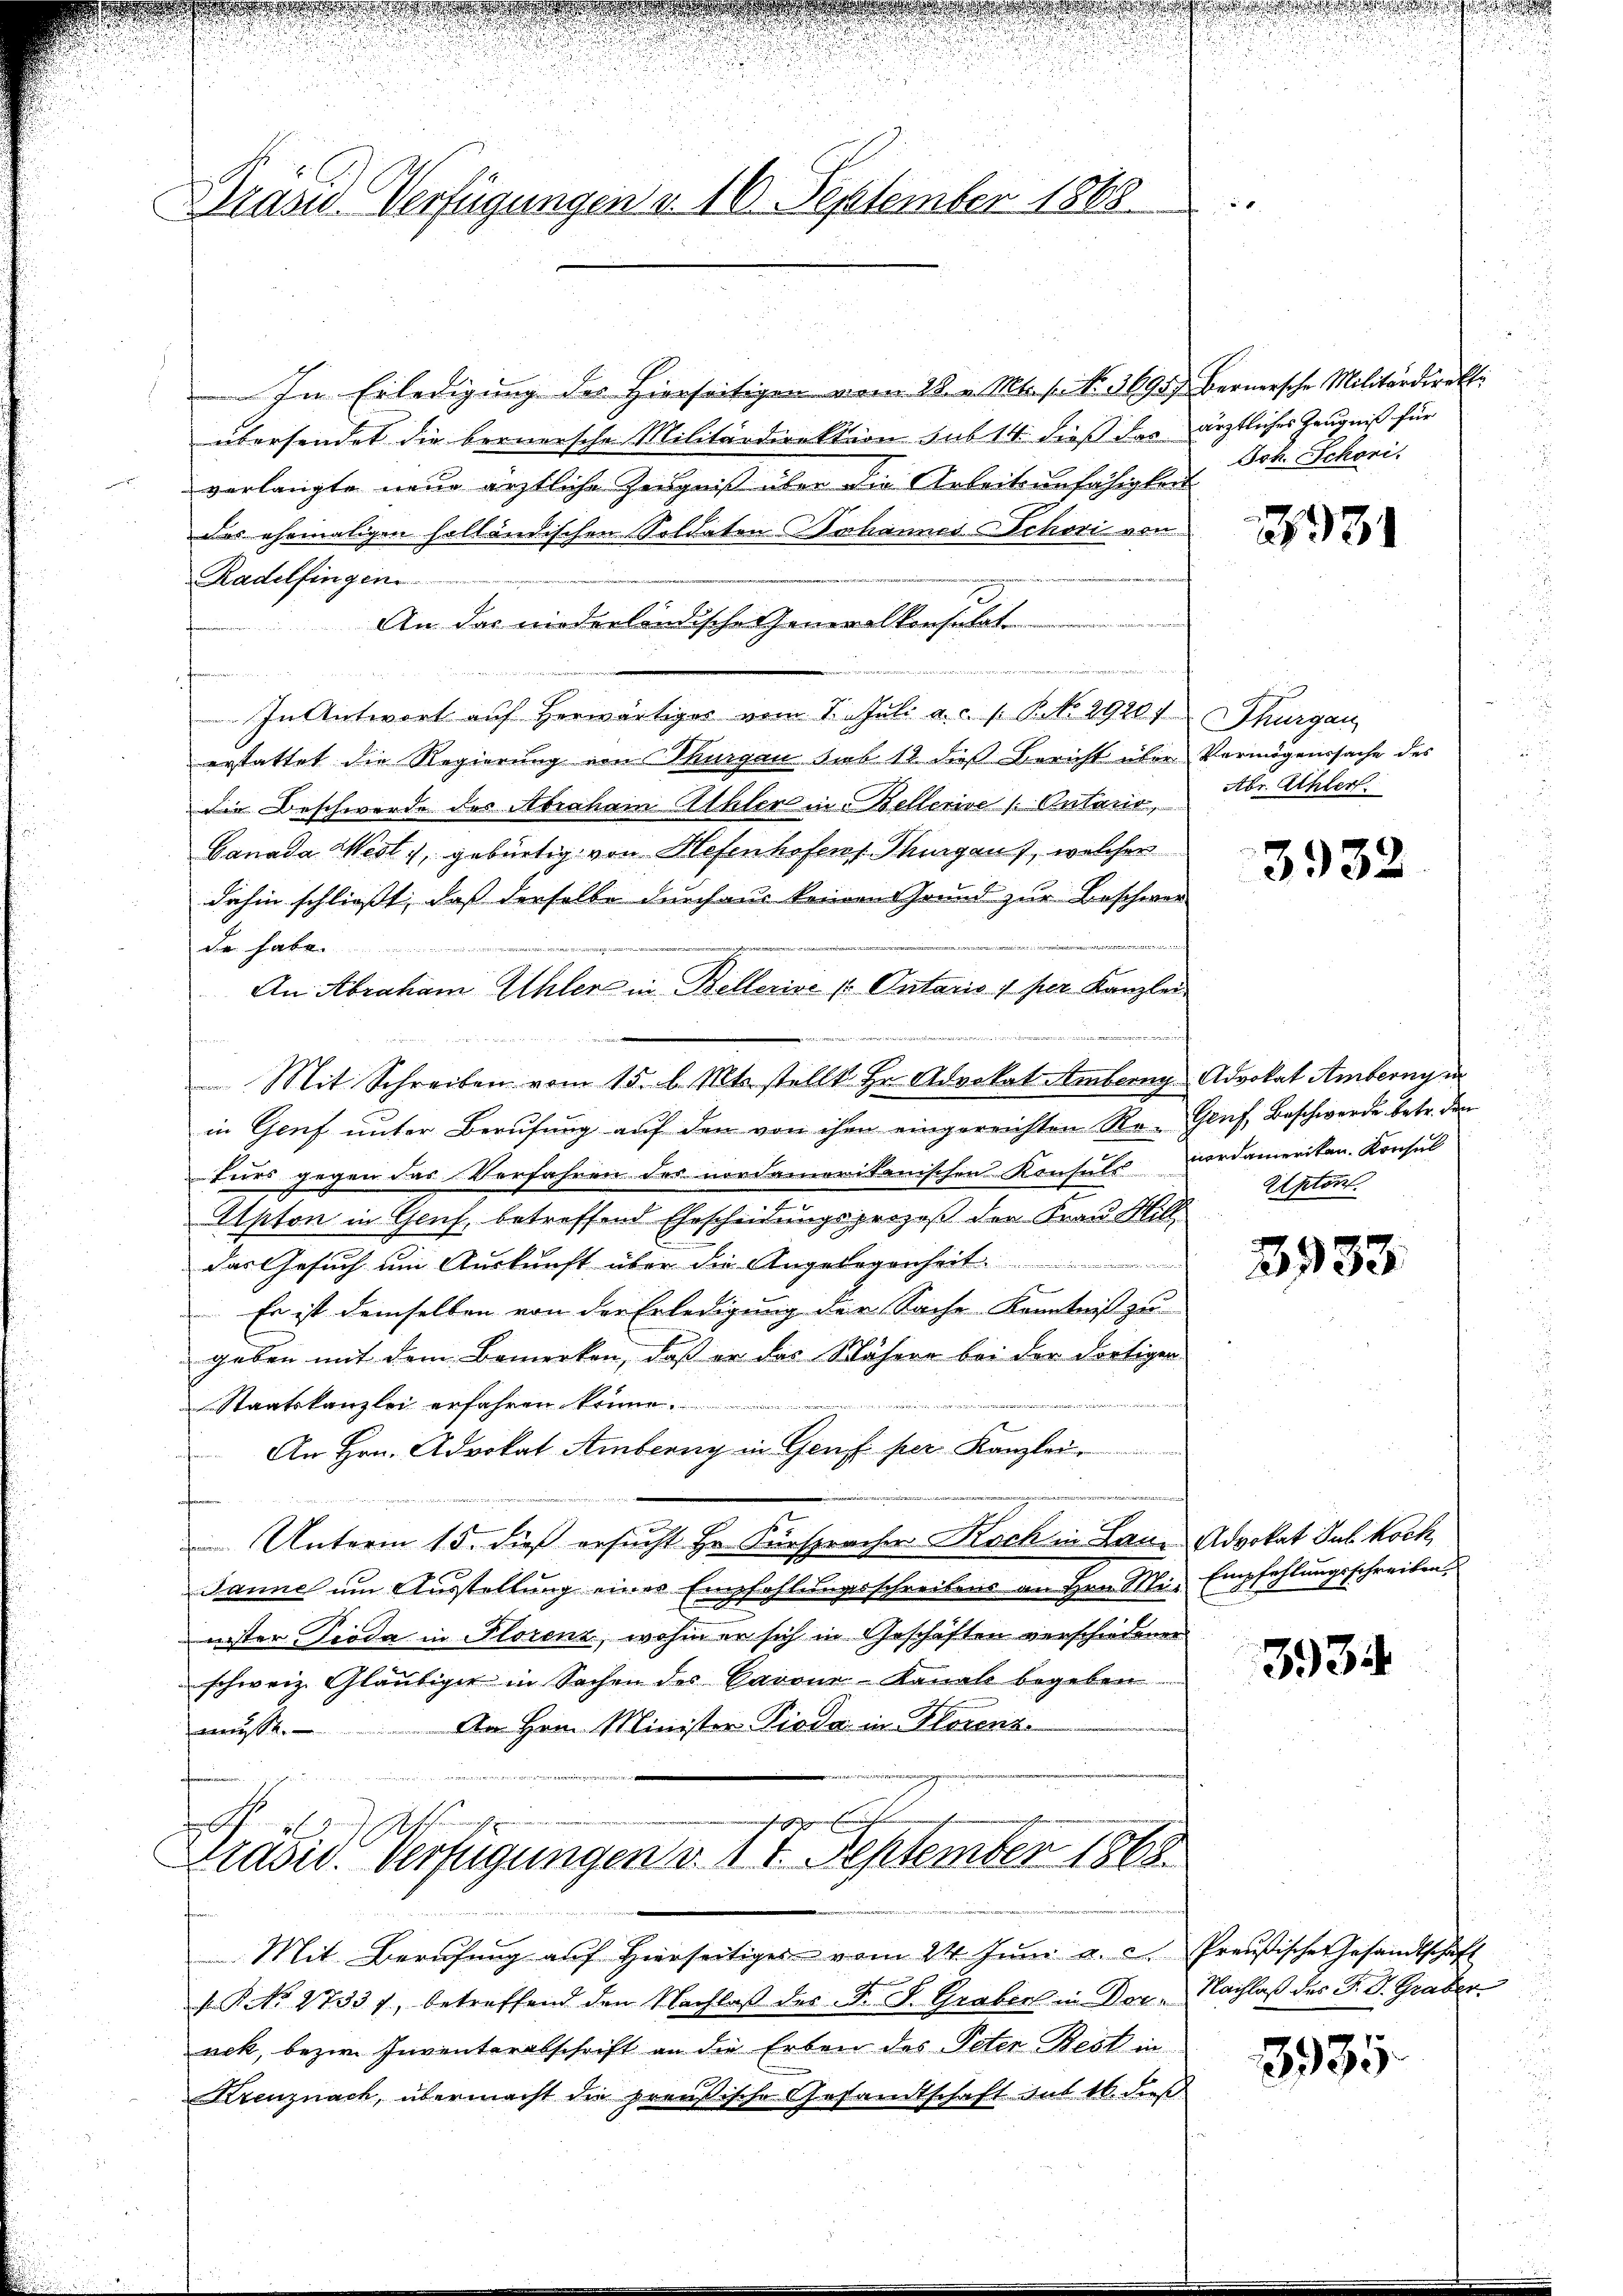
Grund Verfügungen d. 16. September 1868.

In Erledigung des Hierseitigen vom 28. v. Mts. s. No. 36957
übersendet die bernersche Militärdirektion sub 14. dieß dorverlangte neue ärztliche Zeugniß über die Arbeitsunfähigkeit
des ehemaligen holländischen Soldaten Johannes Schori von
Radelfingen
An das niederländische Generalkonsulat
edenen
In Antwort auf herwärtiges vom 1. Juli a.c. s. B. N. 29207 Thurgau
erstattet die Regierung von Thurgau sub 12 dieß Bericht über Vermögenssache des
die Beschwerde des Abraham Athler in Bellerive Entario,
Banada West, gebürtig von Hefenhofens Thurgauf, welcher
dahin schließt, dass derselbe durchaus keinen Grund zur Beschwer-
f
Da habe.
An Abraham Ahler in Bellerive / Ontaris 1 per Kanzlei
A
n
Mit Schreiben vom 15. l. Mts. stellt Hr. Advokat Amberg.
in Genf unter Berufung auf den von ihm eingereichten Re- Genf, Beschwerde betr. den
turs gegen das Verfahren des nordamerikanischen Konsuls vordameriten. Konsul
Apton in Genf, betreffend Ehescheidungsprozeß der Frau Will
das Gesuch um Auskunft über die Angelegenheit
Es ist demselben von der Erledigung der Sache Kenntniß zu
geben mit dem Bemerken, daß er das Nähere bei der dortiger
f
Staatskanzlei erfahren könne.
An Hrn. Advokat Amberny in Genf per Kanzlei
 Unterm 15. dieß ersucht Hr. Fürspracher Koch in Lan¬
Danne um Ausstellung eines Empfehlungsschreibens an Hrn. Mi-
nister Tieda in Florenz, wohin er sich in Geschäften verschiedener
schweiz. Gläubiger in Sachen des Barone-Kanals begeben
An Hrn. Minister Pioda in Florenz.
mnisse
 x
s
unrechen gegenwesen

Präsid. Verfügungen d. 14. September 1868

Mit Berufung auf Hierseitiges vom 24. Juni a. c. Preußische Gesandtschaft
 NNo. 27337, betreffend den Nachlaβ der F. F. Graber in Dor - Nachlaß des F. V. Graber
nek, bezw. Inventerabschrift an die Erben des Peter Rest in
Krenznach, übermacht die preußische Gesandtschaft gut 16. dieß

Bernersche Militärdirekti
ärztliches Zeugniß für
Joh. Schori.

2931

Abr. Achter

3932

Advokat Ambernym
Aptont.

3933.

Advokat Jul. koch
Empfehlungsschreiben.

3934

3935